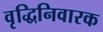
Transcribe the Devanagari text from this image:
वृद्धिनिवारक